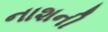
નાશની